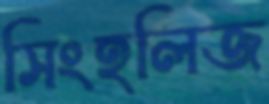
সিংহলিজ